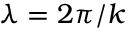
\lambda = 2 \pi / k